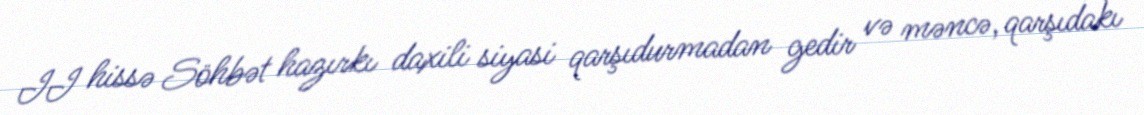
II hissə Söhbət hazırkı daxili siyasi qarşıdurmadan gedir və məncə, qarşıdakı